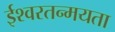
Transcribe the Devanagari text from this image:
ईश्वरतन्मयता